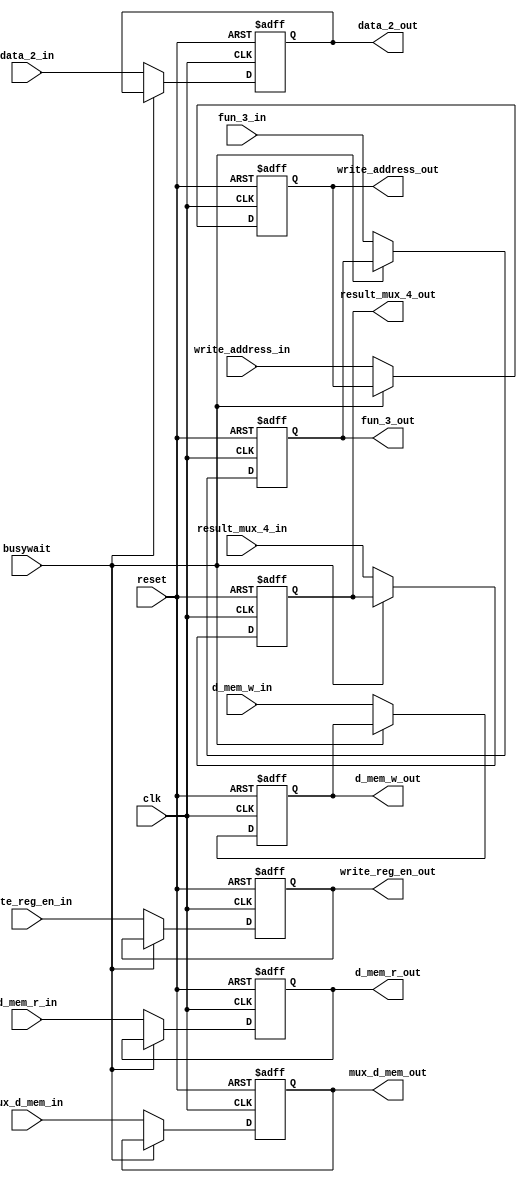
module EX(
  d_mem_r_in, 
	d_mem_w_in,
  mux_d_mem_in,
  write_reg_en_in,
  write_address_in,
  fun_3_in,
  data_2_in,
  result_mux_4_in,
  reset,
  clk,
  busywait,
  data_2_out, 
  result_mux_4_out,
  mux_d_mem_out, 
  write_reg_en_out, 
  d_mem_r_out, 
  d_mem_w_out,
  fun_3_out,
  write_address_out
  );

  input [31:0] data_2_in, result_mux_4_in;
  output reg [31:0] data_2_out, result_mux_4_out;

  input mux_d_mem_in, write_reg_en_in, reset, clk, d_mem_r_in, d_mem_w_in,busywait;
  output reg mux_d_mem_out, write_reg_en_out, d_mem_r_out, d_mem_w_out;

  input [2:0] fun_3_in;
  output reg [2:0] fun_3_out;

  input [4:0] write_address_in;
  output reg [4:0] write_address_out;
  

  always @(posedge clk,posedge reset)
  begin

    // #1
    if(reset)begin
      data_2_out <= 31'd0;
      result_mux_4_out <= 31'd0;

      mux_d_mem_out <= 1'b0;
      write_reg_en_out <= 1'b0;
      d_mem_r_out <= 1'b0;
      d_mem_w_out <= 1'b0;

      fun_3_out<= 3'b000;
      write_address_out <= 5'd0;

    end else if (!busywait) begin
      data_2_out <=data_2_in;
      result_mux_4_out <=result_mux_4_in;

      mux_d_mem_out <=mux_d_mem_in;
      write_reg_en_out <=write_reg_en_in;
      d_mem_r_out <= d_mem_r_in;
      d_mem_w_out <= d_mem_w_in;

      fun_3_out<=fun_3_in;
      write_address_out <=write_address_in;
      
    end

  end

endmodule